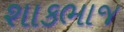
શાકભાજ